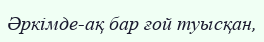
Әркімде-ақ бар ғой туысқан,